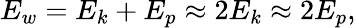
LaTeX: E_{w}=E_{k}+E_{p}\approx 2E_{k}\approx 2E_{p},